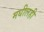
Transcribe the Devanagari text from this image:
मधीलही